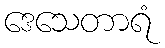
ဒေသေတာရံ